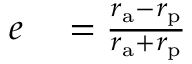
\begin{array} { r l } { e } & { { } = { \frac { r _ { \mathrm { a } } - r _ { \mathrm { p } } } { r _ { \mathrm { a } } + r _ { \mathrm { p } } } } } \end{array}